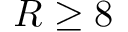
R \ge 8